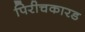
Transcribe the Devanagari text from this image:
पिरीचकारड